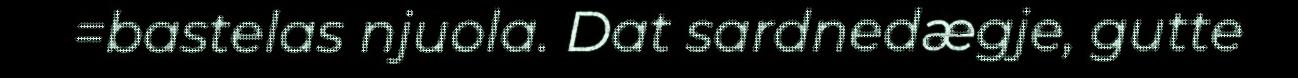
=bastelas njuola. Dat sardnedægje, gutte